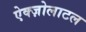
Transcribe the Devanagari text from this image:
ऐक्ज़ोलाटल